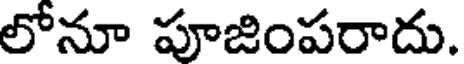
లోనూ పూజింపరాదు.